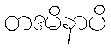
တဒမိနာပိ